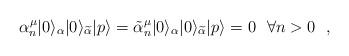
LaTeX: \begin{align*}\alpha^{\mu}_{n}|0\rangle_\alpha |0\rangle_{\widetilde\alpha}|p \rangle =\tilde\alpha^{\mu}_{n} |0\rangle_\alpha |0\rangle_{\widetilde\alpha}|p \rangle =0~~\forall n>0 ~~,~~\end{align*}